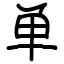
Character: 单